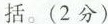
括。(2分)